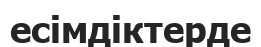
есімдіктерде